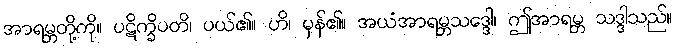
အာရမ္ဘတို့ကို။ ပဋိက္ခိပတိ၊ ပယ်၏။ ဟိ၊ မှန်၏။ အယံအာရမ္ဘသဒ္ဒေါ၊ ဤအာရမ္ဘ သဒ္ဒါသည်။